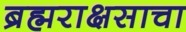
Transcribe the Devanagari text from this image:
ब्रह्मराक्षसाचा